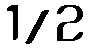
1/2